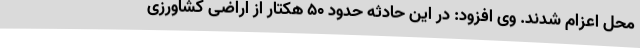
محل اعزام شدند. وی افزود: در این حادثه حدود 50 هکتار از اراضی کشاورزی